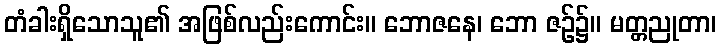
တံခါးရှိသောသူ၏ အဖြစ်လည်းကောင်း။ ဘောဇနေ၊ ဘော ဇဉ်၌။ မတ္တညုတာ၊